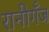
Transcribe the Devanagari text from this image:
रानीगँज